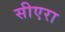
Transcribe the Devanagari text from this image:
सीएरा